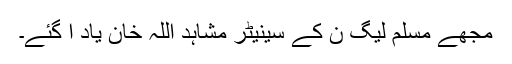
مجھے مسلم لیگ ن کے سینیٹر مشاہد اللہ خان یاد آ گئے۔